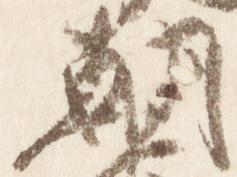
朝